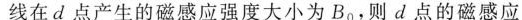
线在d点产生的磁感应强度大小为B_{0}，则d点的磁感应